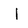
Character: I